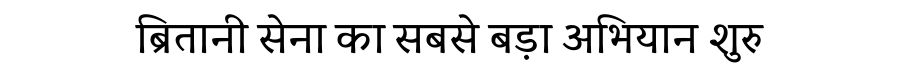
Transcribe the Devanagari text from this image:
ब्रितानी सेना का सबसे बड़ा अभियान शुरु